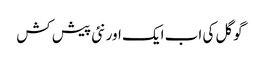
گوگل کی اب ایک اور نئی پیش کش